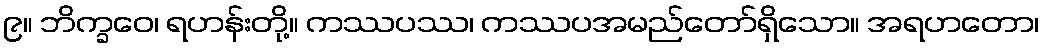
၉။ ဘိက္ခဝေ၊ ရဟန်းတို့။ ကဿပဿ၊ ကဿပအမည်တော်ရှိသော။ အရဟတော၊